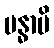
ဗန္ဓာမိ